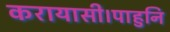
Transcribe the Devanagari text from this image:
करायासी।पाहुनि